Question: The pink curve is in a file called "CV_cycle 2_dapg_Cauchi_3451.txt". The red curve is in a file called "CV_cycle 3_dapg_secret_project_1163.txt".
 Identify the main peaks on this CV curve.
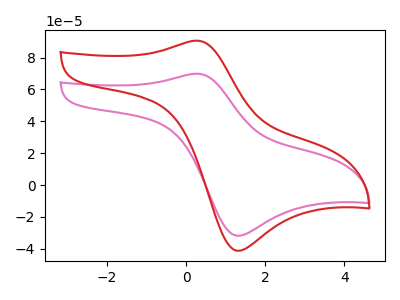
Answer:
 <answer>The pink curve "dapg_cycle 2" has an anodic peak at (0.25V, 69.90uA) and a cathodic peak at (1.25V, -31.75uA). The red curve "dapg_cycle 3" has an anodic peak at (0.25V, 90.60uA) and a cathodic peak at (1.25V, -41.20uA).</answer>
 <eval></eval>